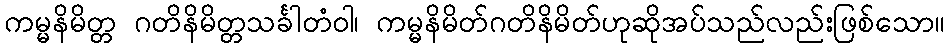
ကမ္မနိမိတ္တ ဂတိနိမိတ္တသင်္ခါတံဝါ၊ ကမ္မနိမိတ်ဂတိနိမိတ်ဟုဆိုအပ်သည်လည်းဖြစ်သော။